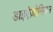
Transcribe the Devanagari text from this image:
डाइऐज़ोनियम